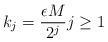
LaTeX: \begin{align*}k_j = \frac{\epsilon M}{2^j} j \geq 1\end{align*}